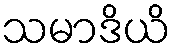
သမာဒိယိ